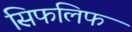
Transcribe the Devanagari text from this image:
सिफलिफ